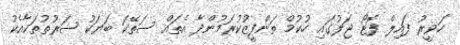
ހަވީރު ފައިލް ފޮޓޯ ޖަލުގައި ހުކުމް ތަންފީޒުކުރަމުންދާ އެތައް ސަތޭކަ ބަޔަކު ޝަރުތުތަކާއެކު